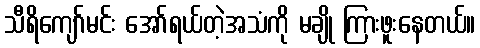
သီရိကျော်မင်း အော်ရယ်တဲ့အသံကို မချို ကြားဖူးနေတယ်။